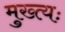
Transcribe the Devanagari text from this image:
मुख्त्यः